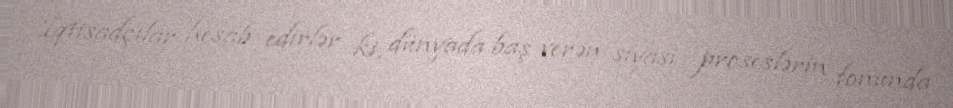
İqtisadçılar hesab edirlər ki, dünyada baş verən siyasi proseslərin fonunda